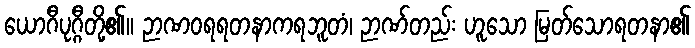
ယောဂီပုဂ္ဂီတို့၏။ ဉာဏဝရရတနာကရဘူတံ၊ ဉာဏ်တည်း ဟူသော မြတ်သောရတနာ၏